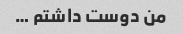
من دوست داشتم …